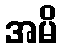
အမိ